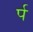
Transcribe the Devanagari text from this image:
र्प